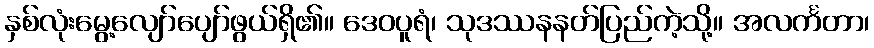
နှစ်လုံးမွေ့လျော်ပျော်ဖွယ်ရှိ၏။ ဒေဝပူရံ၊ သုဒဿနနတ်ပြည်ကဲ့သို့။ အလင်္ကတာ၊